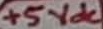
Text: +5Vdc